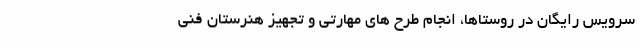
سرویس رایگان در روستاها، انجام طرح های مهارتی و تجهیز هنرستان فنی